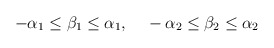
\begin{align*}-\alpha _1 \leq \beta_1 \leq \alpha _1,~~~-\alpha _2 \leq \beta_2 \leq \alpha _2\end{align*}